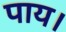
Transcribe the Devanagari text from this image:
पाय।